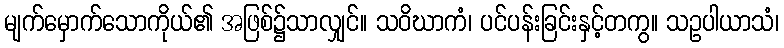
မျက်မှောက်သောကိုယ်၏ အဖြစ်၌သာလျှင်။ သဝိဃာကံ၊ ပင်ပန်းခြင်းနှင့်တကွ။ သဥပါယာသံ၊